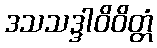
ဒသသဒ္ဒါဝိဝိတ္တံ